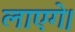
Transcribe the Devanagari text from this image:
लाएगे।